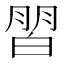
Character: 𰤜